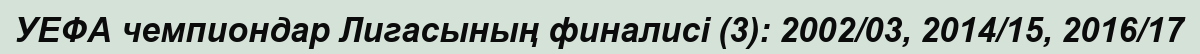
УЕФА чемпиондар Лигасының финалисі (3): 2002/03, 2014/15, 2016/17